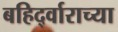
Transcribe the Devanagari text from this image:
बहिर्द्वाराच्या